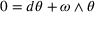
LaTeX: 0 = d \theta + \omega \wedge \theta